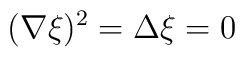
(\nabla \xi)^2=\Delta \xi=0